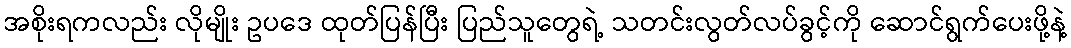
အစိုးရကလည်း လိုမျိုး ဥပဒေ ထုတ်ပြန်ပြီး ပြည်သူတွေရဲ့ သတင်းလွတ်လပ်ခွင့်ကို ဆောင်ရွက်ပေးဖို့နဲ့